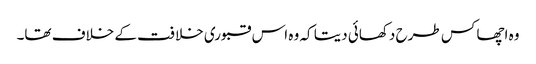
وہ اچھا کس طرح دکھائی دیتا کہ وہ اس قبوری خلافت کے خلاف تھا۔